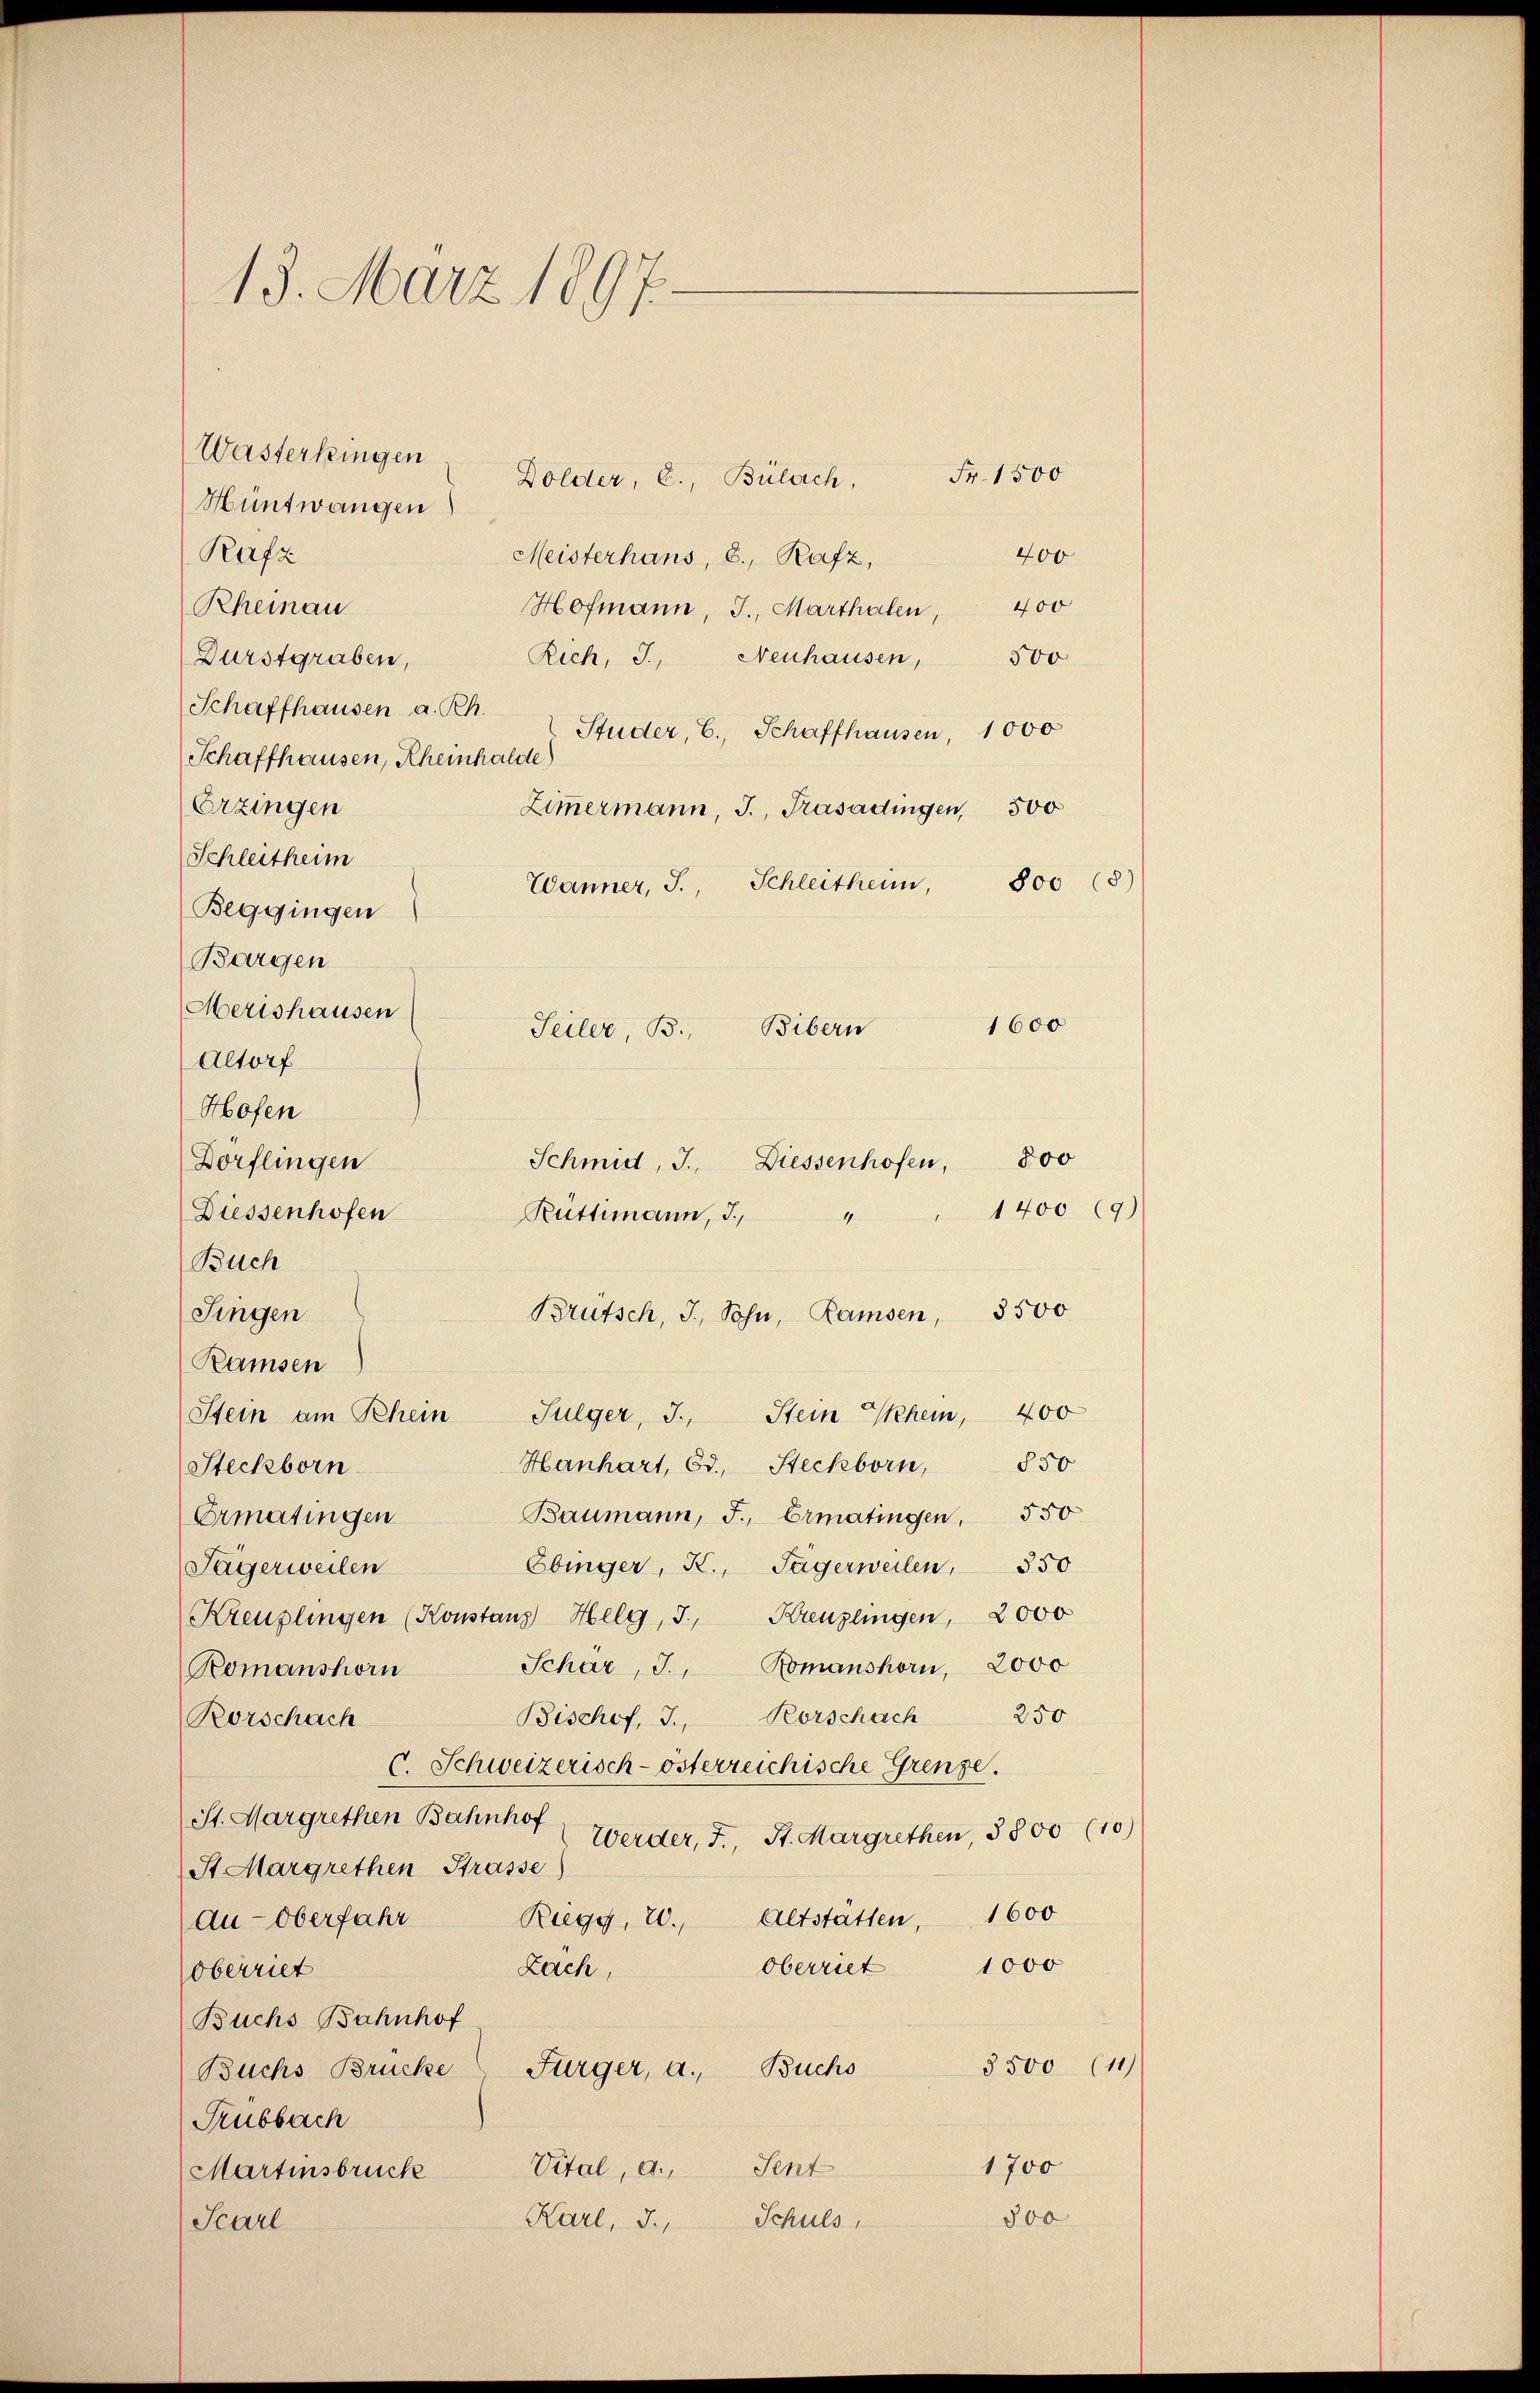
—
13. März 1897.

Wasterkingen
Dolder, E., Bülach,
Hüntwangen
Rafz
400
Meisterhans, b., Rafz,
Rheinau
Hofmann, J., Marthalen, 400
Rich, J., Neuhausen,
500
Durstgraben,
Schaffhausen a. Rh.
Studer, C. Schaffhausen, 1000
Schaffhausen, Rheinhalde
Erzingen
Zimmermann, J., Trasadingen, 300
Schleitheim
800 (8)
Wänner, J. Schleitheim,
Beggingen
Bargen
Merishausen
Altorf
Hofen
Dorflingen
Diessenhofen
Buch
Singen
Ramsen
Stein am Schem Sulger, J. Stein Them, 400
850
Hanhart, Ed. Steckborn,
Steckborn
Baumann, J., Ermatingen, 550
Ermatingen
Ebinger, K., Sagerweilen, 350
Jägerweilen
Kreuzlingen (Konstanz Helg, J. Kreuzlingen, 2000
Schar, J. Romanshorn, 2000
Romanshorn
250
Rorschach
Bischof, J.,
Rorschach
C. Schweizerisch-österreichische Grenze.
St. Margrethen Bahnhof
Werder, F., St. Margrethen, 3800 (10)
St. Margrethen Strasse
1600
Altstatten,
Riegg, 20.
An-Oberfahr
1000
Oberriet
Zach,
oberriet
Buchs Bahnhof
3500 (11)
Buchs Brücke Fürger, a. Buchs
Trubbach
1700
Martinsbruck Vital, a. Sent
500
Schuls,
Karl, J.,
Scarl

Teiler, B. Bibern
800
Schmid, J. Diessenhofen,
1400 (9)
Rüttimann, J.,
4
Brutsch, I., Sohn, Ramsen, 3500

Fr. 1500

1600